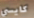
كايسي